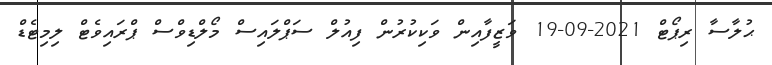
ޙުލާސާ ރިޕޯޓް 2021-09-19 ވަޒީފާއިން ވަކިކުރުން ފިއުލް ސަޕްލައިސް މޯލްޑިވްސް ޕްރައިވެޓް ލިމިޓެޑް